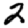
Digit: 2